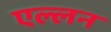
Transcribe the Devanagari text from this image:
एल्लन